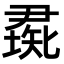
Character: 𥏰